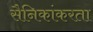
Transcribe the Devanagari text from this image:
सैनिकांकरता